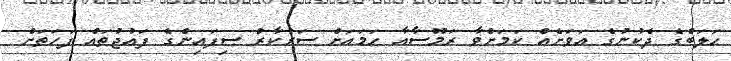
ހަލަބްގެ ދެކުނުގެ އަވަށެއް ކަމަށްވާ ރަމޫސާއާ ހަމައަށް ސަރުކާރު ސިފައިންގެ ފައުޖުތައް ފަހަތަށް